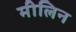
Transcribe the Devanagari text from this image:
मीलिन